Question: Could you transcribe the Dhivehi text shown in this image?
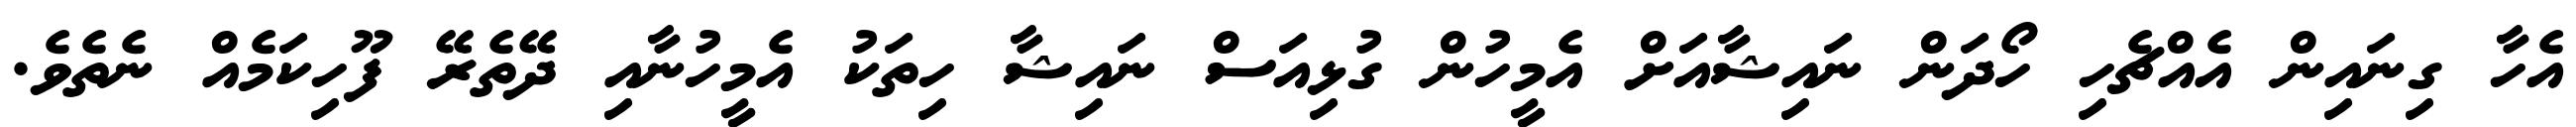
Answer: އެހާ ގިނައިން އެއްޗެހި ހޯދަން ނައިޝާއަށް އެމީހުން ގުޅިއަސް ނައިޝާ ހިތަކު އެމީހުނާއި ދޭތެރޭ ފޫހިކަމެއް ނެތެވެ.